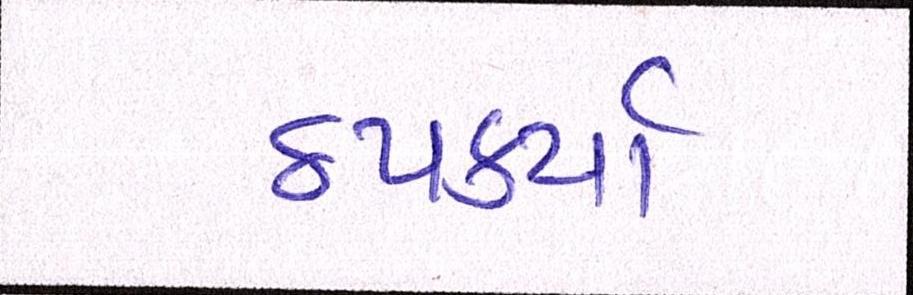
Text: ઠપકર્યા